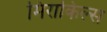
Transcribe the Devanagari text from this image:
मिराकिल्स